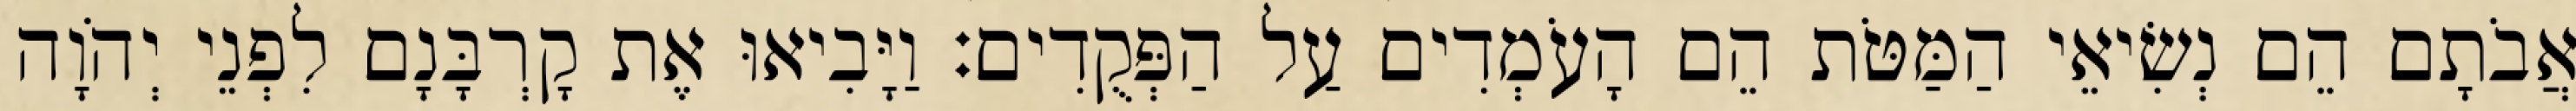
אֲבֹתָם הֵם נְשִׂיאֵי הַמַּטֹּת הֵם הָעֹמְדִים עַל הַפְּקֻדִים׃ וַיָּבִיאוּ אֶת קָרְבָּנָם לִפְנֵי יְהֹוָה